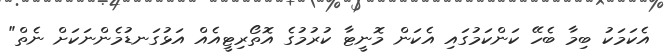
އެކަމަކު ބިމާ ބެހޭ ކަންކަމުގައި އެކަން މޮނީޓާ ކުރުމުގެ އޮތޯރިޓީއެއް އަޅުގަނޑުމެންނަކަށް ނެތް"